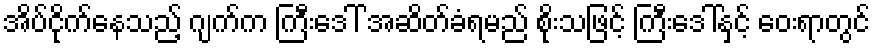
အိပ်ငိုက်နေသည့် ဂျက်က ကြီးဒေါ် အဆိတ်ခံရမည် စိုးသဖြင့် ကြီးဒေါ်နှင့် ဝေးရာတွင်